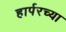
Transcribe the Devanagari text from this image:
हार्परच्या